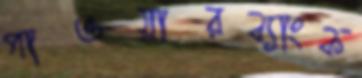
পাওয়ারব্যাংক